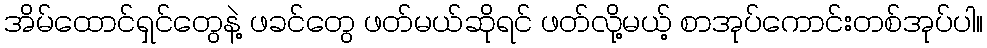
အိမ်ထောင်ရှင်တွေနဲ့ ဖခင်တွေ ဖတ်မယ်ဆိုရင် ဖတ်လို့မယ့် စာအုပ်ကောင်းတစ်အုပ်ပါ။